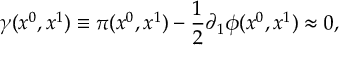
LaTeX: \gamma ( x ^ { 0 } , x ^ { 1 } ) \equiv \pi ( x ^ { 0 } , x ^ { 1 } ) - \frac { 1 } { 2 } \partial _ { 1 } \phi ( x ^ { 0 } , x ^ { 1 } ) \approx 0 ,